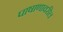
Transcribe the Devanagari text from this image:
पाषाणावरील